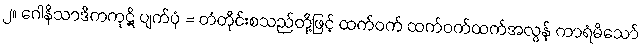
၂။ ဂေါနိသာဒိကကုဋိ ပျက်ပုံ = တံတိုင်းစသည်တို့ဖြင့် ထက်ဝက် ထက်ဝက်ထက်အလွန် ကာရံမိသော်